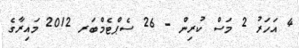
4 އަހަރު 2 މަސް ކުރިން - 26 ސެޕްޓެމްބަރ 2012 މައިރާގެ